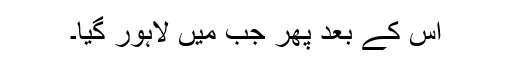
اس کے بعد پھر جب میں لاہور گیا۔